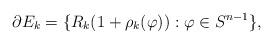
LaTeX: \begin{align*}\partial E_k=\{R_k(1+\rho_k(\varphi)):\varphi\in S^{n-1}\},\end{align*}